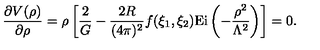
\frac { \partial V ( \rho ) } { \partial \rho } = \rho \left[ \frac { 2 } { G } - \frac { 2 R } { ( 4 \pi ) ^ { 2 } } f ( \xi _ { 1 } , \xi _ { 2 } ) \mathrm { E i } \left( - \frac { \rho ^ { 2 } } { \Lambda ^ { 2 } } \right) \right] = 0 .